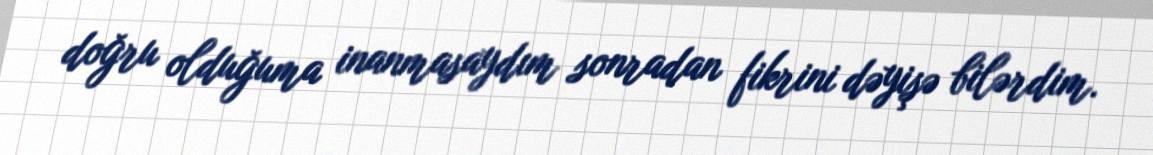
doğru olduğuma inanmasaydım sonradan fikrini dəyişə bilərdim.